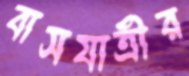
বাসযাত্রীর